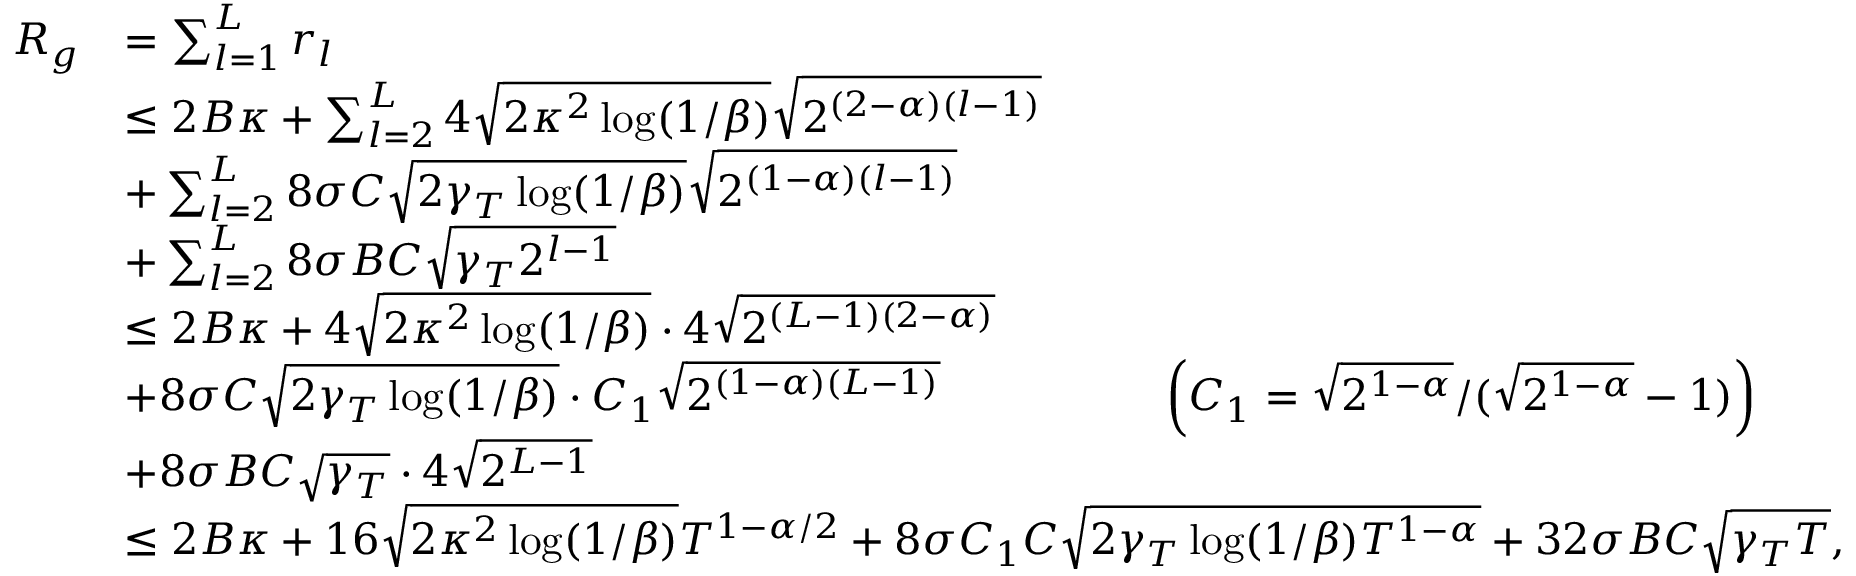
\begin{array} { r l } { R _ { g } } & { = \sum _ { l = 1 } ^ { L } r _ { l } } \\ & { \leq 2 B \kappa + \sum _ { l = 2 } ^ { L } 4 \sqrt { 2 \kappa ^ { 2 } \log ( 1 / \beta ) } \sqrt { 2 ^ { ( 2 - \alpha ) ( l - 1 ) } } } \\ & { + \sum _ { l = 2 } ^ { L } 8 \sigma C \sqrt { 2 \gamma _ { T } \log ( 1 / \beta ) } \sqrt { 2 ^ { ( 1 - \alpha ) ( l - 1 ) } } } \\ & { + \sum _ { l = 2 } ^ { L } 8 \sigma B C \sqrt { \gamma _ { T } 2 ^ { l - 1 } } } \\ & { \leq 2 B \kappa + 4 \sqrt { 2 \kappa ^ { 2 } \log ( 1 / \beta ) } \cdot 4 \sqrt { 2 ^ { ( L - 1 ) ( 2 - \alpha ) } } } \\ & { + 8 \sigma C \sqrt { 2 \gamma _ { T } \log ( 1 / \beta ) } \cdot C _ { 1 } \sqrt { 2 ^ { ( 1 - \alpha ) ( L - 1 ) } } \quad \quad \quad \quad \quad \hfill \left( C _ { 1 } = \sqrt { 2 ^ { 1 - \alpha } } / ( \sqrt { 2 ^ { 1 - \alpha } } - 1 ) \right) } \\ & { + 8 \sigma B C \sqrt { \gamma _ { T } } \cdot 4 \sqrt { 2 ^ { L - 1 } } } \\ & { \leq 2 B \kappa + 1 6 \sqrt { 2 \kappa ^ { 2 } \log ( 1 / \beta ) } T ^ { 1 - \alpha / 2 } + 8 \sigma C _ { 1 } C \sqrt { 2 \gamma _ { T } \log ( 1 / \beta ) T ^ { 1 - \alpha } } + 3 2 \sigma B C \sqrt { \gamma _ { T } T } , } \end{array}